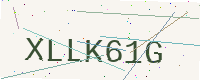
Text: XLLK61G